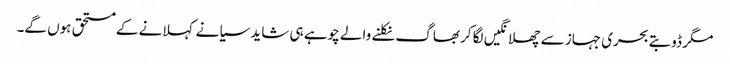
مگر ڈوبتے بحری جہاز سے چھلانگیں لگا کر بھاگ نکلنے والے چوہے ہی شاید سیانے کہلانے کے مستحق ہوں گے۔